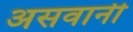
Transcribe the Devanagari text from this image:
असवानी